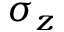
\sigma _ { z }